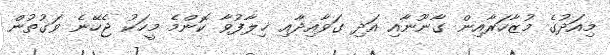
މިއަދުގެ މުޒާހަރާއިން ގާނޫނާއި އަދި ގަވާއިދާއި ޚިލާފުވާ ކޮންމެ މީހަކު ޖެހޭނެ ވަގުތުން